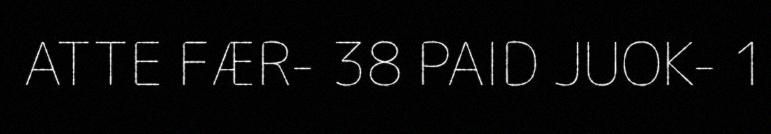
ATTE FÆR- 38 PAID JUOK- 1